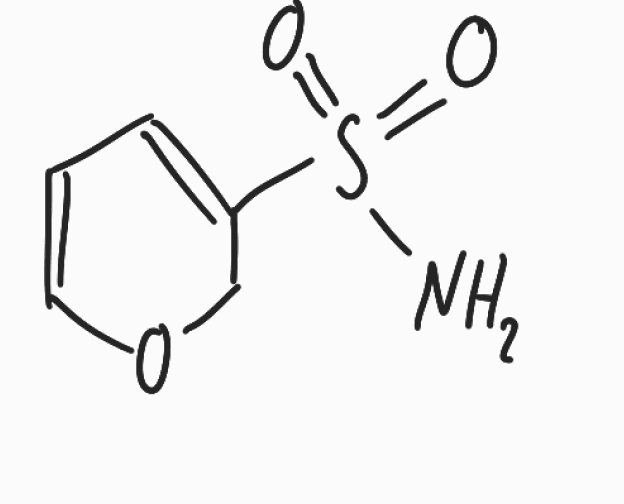
Simplified molecular-input line-entry system (SMILES) notation of the given molecule:
C1C(=CC=CO1)S(=O)(=O)N